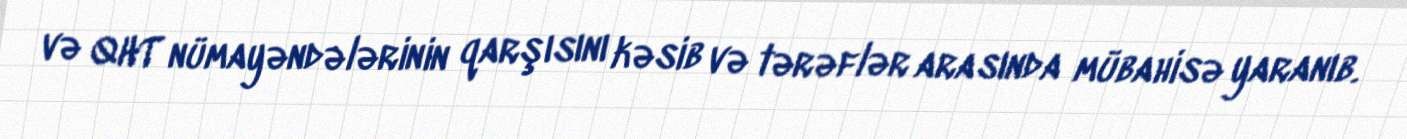
və QHT nümayəndələrinin qarşısını kəsib və tərəflər arasında mübahisə yaranıb.